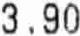
3.90